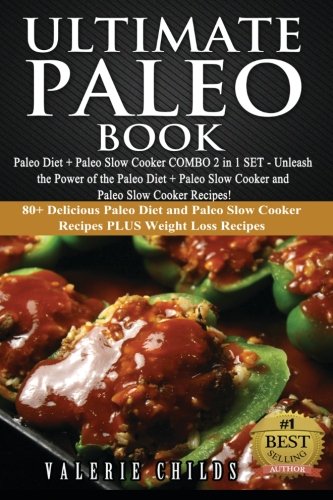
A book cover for Ultimate Paleo Book: Paleo Diet + Paleo Slow Cooker COMBO 2 in 1 SET - Unleash the Power of the Paleo Diet + Paleo Slow Cooker and Paleo Slow Cooker ... Paleo Slow Cooker COMBO SET 1) (Volume 1); Valerie Childs; Health, Fitness & Dieting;